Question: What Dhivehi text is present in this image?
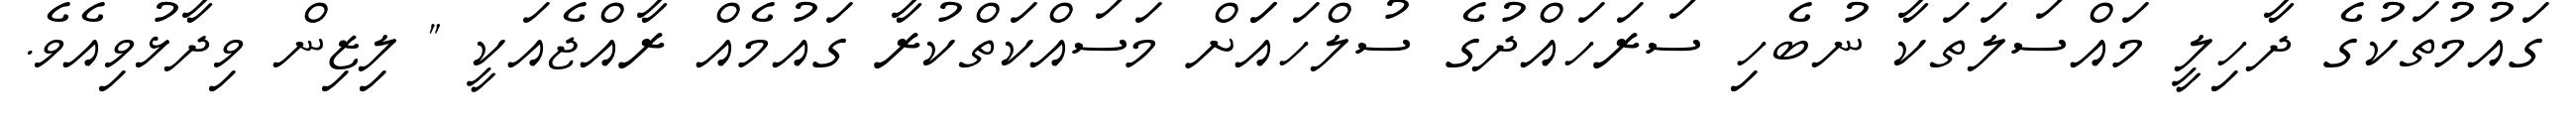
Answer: ގައުމުތަކުގެ ދާހިލީ މައްސަލަތަކާ ނުބެހި ސަރަހައްދުގެ ސުލްހައަަށް މަސައްކަތްކުރާ ގައުމެއް ރާއްޖެއަކީ " ލިޒިން ވިދާޅުވިއެވެ.